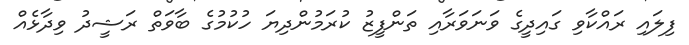
ފިލައި ރައްކާވި ގައިދީގެ ވަނަވަރާއި ތަންފީޒު ކުރަމުންދިޔަ ހުކުމުގެ ބާވަތް ރަޝީދު ވިދާޅެއް